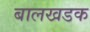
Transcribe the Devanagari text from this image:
बालखडक